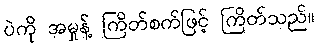
ပဲကို အမှုန့် ကြိတ်စက်ဖြင့် ကြိတ်သည်။